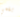
بفمي